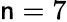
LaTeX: \mathsf{n}=7